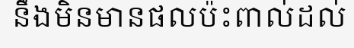
នឹងមិនមានផលប៉ះពាល់ដល់